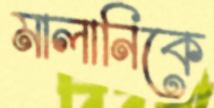
মালানিকে